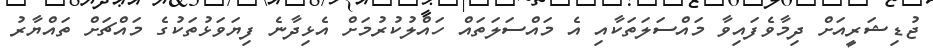
ޖުޑިޝަރީއަށް ދިމާވެފައިވާ މައްސަލަތަކާއި އެ މައްސަލަތައް ހައްލުކުރުމަށް އެޅިދާނެ ފިޔަވަޅުތަކުގެ މައްޗަށް ތައްޔާރު